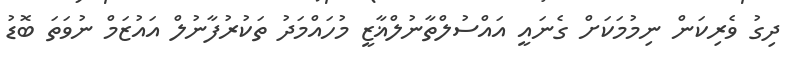
ދިގު ވެރިކަން ނިމުމަކަށް ގެނައީ އައްސުލްތާނުލްޣާޒީ މުހައްމަދު ތަކުރުފާނުލް އައުޒަމް ނުވަތަ ބޮޑު